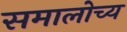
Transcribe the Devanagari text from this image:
समालोच्य